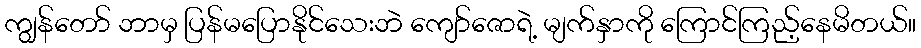
ကျွန်တော် ဘာမှ ပြန်မပြောနိုင်သေးဘဲ ကျော်ဇောရဲ့ မျက်နှာကို ကြောင်ကြည့်နေမိတယ်။